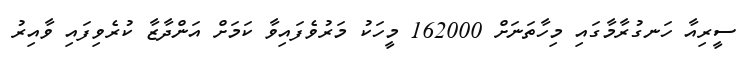
ސީރިއާ ހަނގުރާމާގައި މިހާތަނަށް 162000 މީހަކު މަރުވެފައިވާ ކަމަށް އަންދާޒާ ކުރެވިފައި ވާއިރު